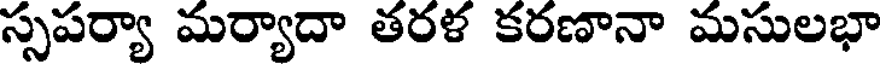
స్సపర్యా మర్యాదా తరళ కరణానా మసులభా